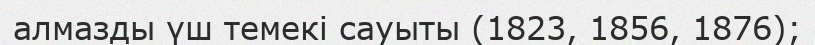
алмазды үш темекі сауыты (1823, 1856, 1876);